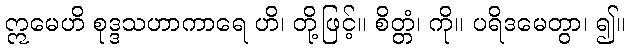
ဣမေဟိ စုဒ္ဒသဟာကာရေ ဟိ၊ တို့ဖြင့်။ စိတ္တံ၊ ကို။ ပရိဒမေတွာ၊ ၍။